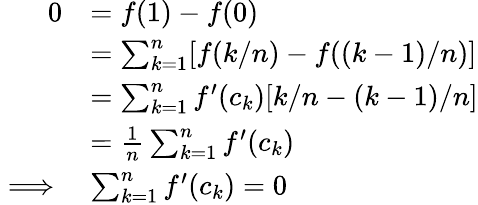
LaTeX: \begin{array}{rl}{0}&{=f(1)-f(0)}\\ &{=\sum_{k=1}^{n}[f(k/n)-f((k-1)/n)]}\\ &{=\sum_{k=1}^{n}f^{\prime}(c_{k})[k/n-(k-1)/n]}\\ &{=\frac 1{n}\sum_{k=1}^{n}f^{\prime}(c_{k})}\\ {\implies}&{\sum_{k=1}^{n}f^{\prime}(c_{k})=0}\end{array}